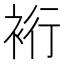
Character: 裄